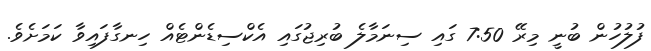
ފުލުހުން ބުނީ މިރޭ 7:50 ގައި ސިނަމާލެ ބުރިޖުގައި އެކްސިޑެންޓެއް ހިނގާފައިވާ ކަމަށެވެ.